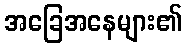
အခြေအနေများ၏